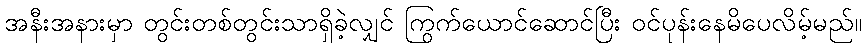
အနီးအနားမှာ တွင်းတစ်တွင်းသာရှိခဲ့လျှင် ကြွက်ယောင်ဆောင်ပြီး ဝင်ပုန်းနေမိပေလိမ့်မည်။